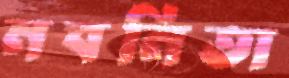
নবনিতা